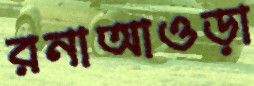
রনাআওড়া